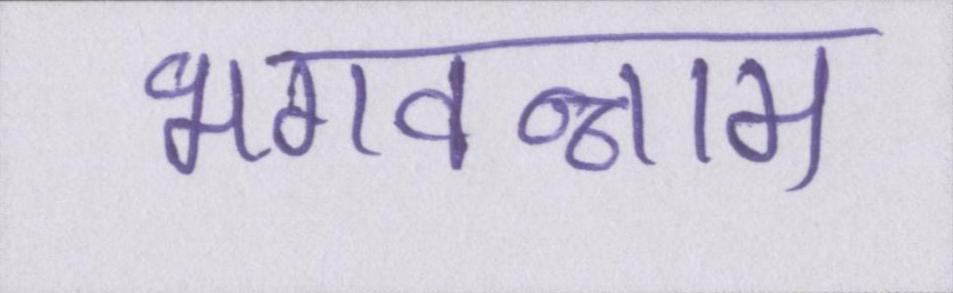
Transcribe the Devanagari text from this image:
भगवन्नाम